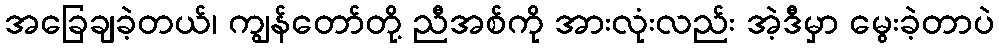
အခြေချခဲ့တယ်၊ ကျွန်တော်တို့ ညီအစ်ကို အားလုံးလည်း အဲ့ဒီမှာ မွေးခဲ့တာပဲ